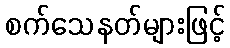
စက်သေနတ်များဖြင့်